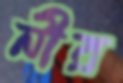
নীর